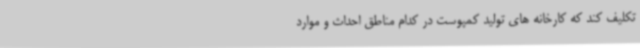
تکلیف کند که کارخانه های تولید کمپوست در کدام مناطق احداث و موارد